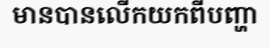
មានបានលើកយកពីបញ្ហា